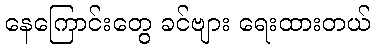
နေကြောင်းတွေ ခင်ဗျား ရေးထားတယ်